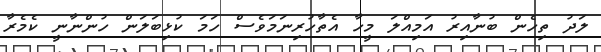
ލަދު ތިހެން ބުނާއިރު އަމިއްލަ މީހާ އެތާހުރިނަމަވެސް ހަމަ ކުޅިބަލަން ހުންނާނީ ކެމެރާ